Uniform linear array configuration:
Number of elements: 64
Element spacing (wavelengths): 0.75
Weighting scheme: exponential
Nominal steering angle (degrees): -30
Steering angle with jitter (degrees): -30.225
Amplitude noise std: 0.05
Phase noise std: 0.05

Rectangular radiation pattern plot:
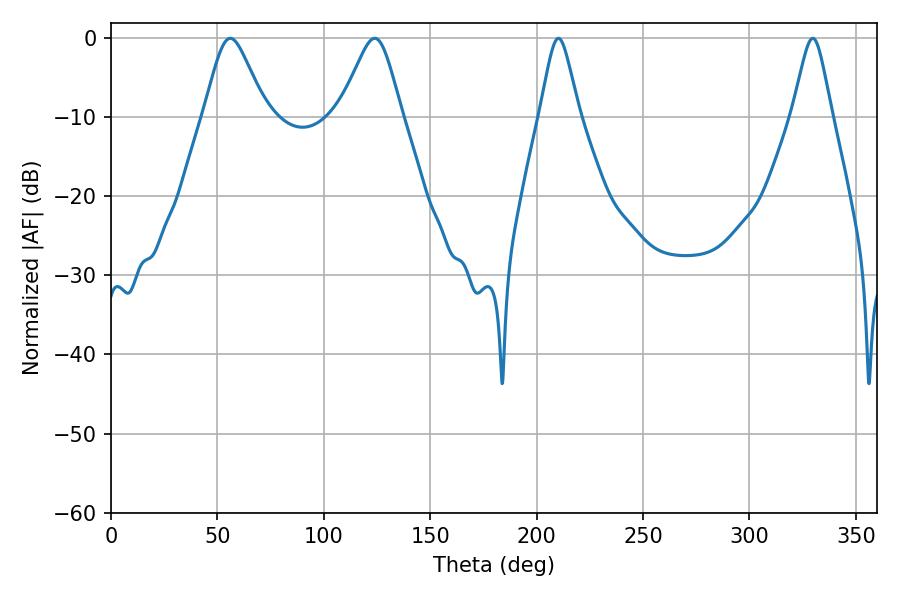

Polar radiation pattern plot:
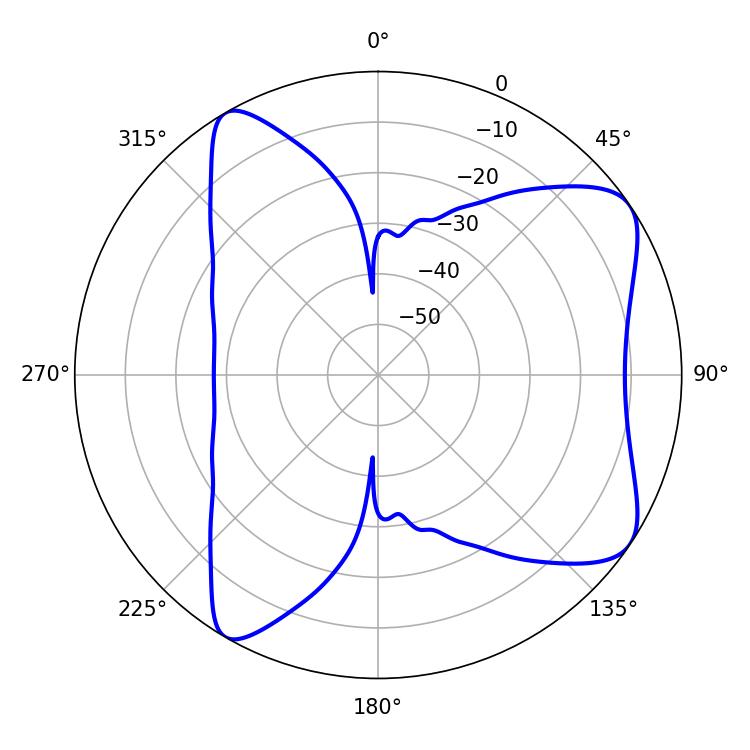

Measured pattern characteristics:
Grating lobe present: TRUE
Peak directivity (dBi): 7.783
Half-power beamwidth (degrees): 8.82
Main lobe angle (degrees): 210.24